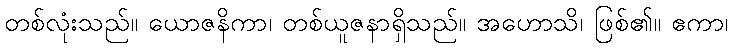
တစ်လုံးသည်။ ယောဇနိကာ၊ တစ်ယူဇနာရှိသည်။ အဟောသိ၊ ဖြစ်၏။ ဧကာ၊